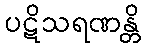
ပဋိသရဏန္တိ